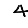
Digit: 4